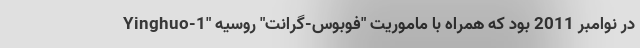
Yinghuo-1" در نوامبر 2011 بود که همراه با ماموریت "فوبوس-گرانت" روسیه